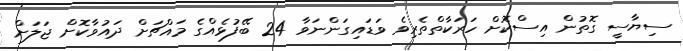
ސިޔާސީ ގޮތުން އިސްކޮށް ހަރަކާތްތެރިވެ ވަޑައިގަންނަވާ 24 ބޭފުޅެއްގެ މައްޗަށް ދައުވާކޮށް ޖަލަށް